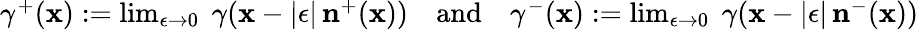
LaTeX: \begin{array}{r}{\gamma^{+}(\mathbf{x}):=\operatorname*{lim}_{\epsilon\rightarrow 0}\; \gamma(\mathbf{x}-|\epsilon|\, \mathbf{n}^{+}(\mathbf{x}))\quad\mathrm{and}\quad\gamma^{-}(\mathbf{x}):=\operatorname*{lim}_{\epsilon\rightarrow 0}\; \gamma(\mathbf{x}-|\epsilon|\, \mathbf{n}^{-}(\mathbf{x}))}\end{array}